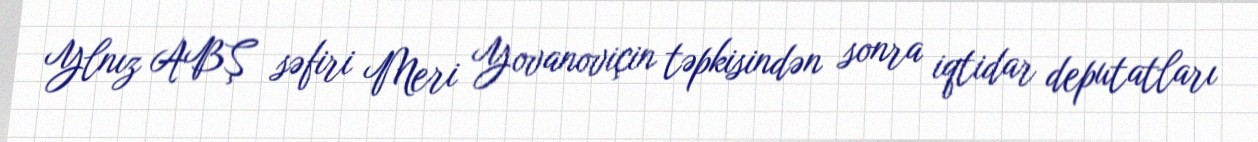
Ylnız ABŞ səfiri Meri Yovanoviçin təpkisindən sonra iqtidar deputatları